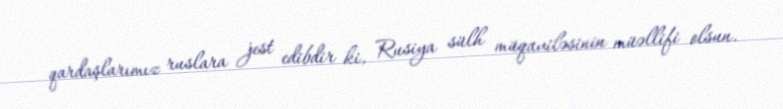
qardaşlarımız ruslara jest edibdir ki, Rusiya sülh müqaviləsinin müəllifi olsun.